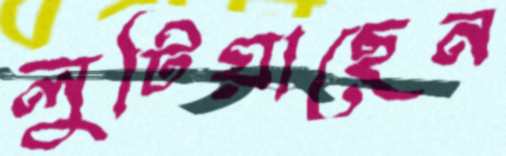
লুটিয়াছেন